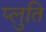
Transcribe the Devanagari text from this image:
प्लुति